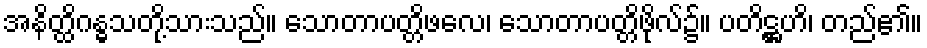
အနိတ္ထိဂန္ဓသတို့သားသည်။ သောတာပတ္တိဖလေ၊ သောတာပတ္တိဖိုလ်၌။ ပတိဋ္ဌဟိ၊ တည်၏။